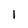
Character: 1